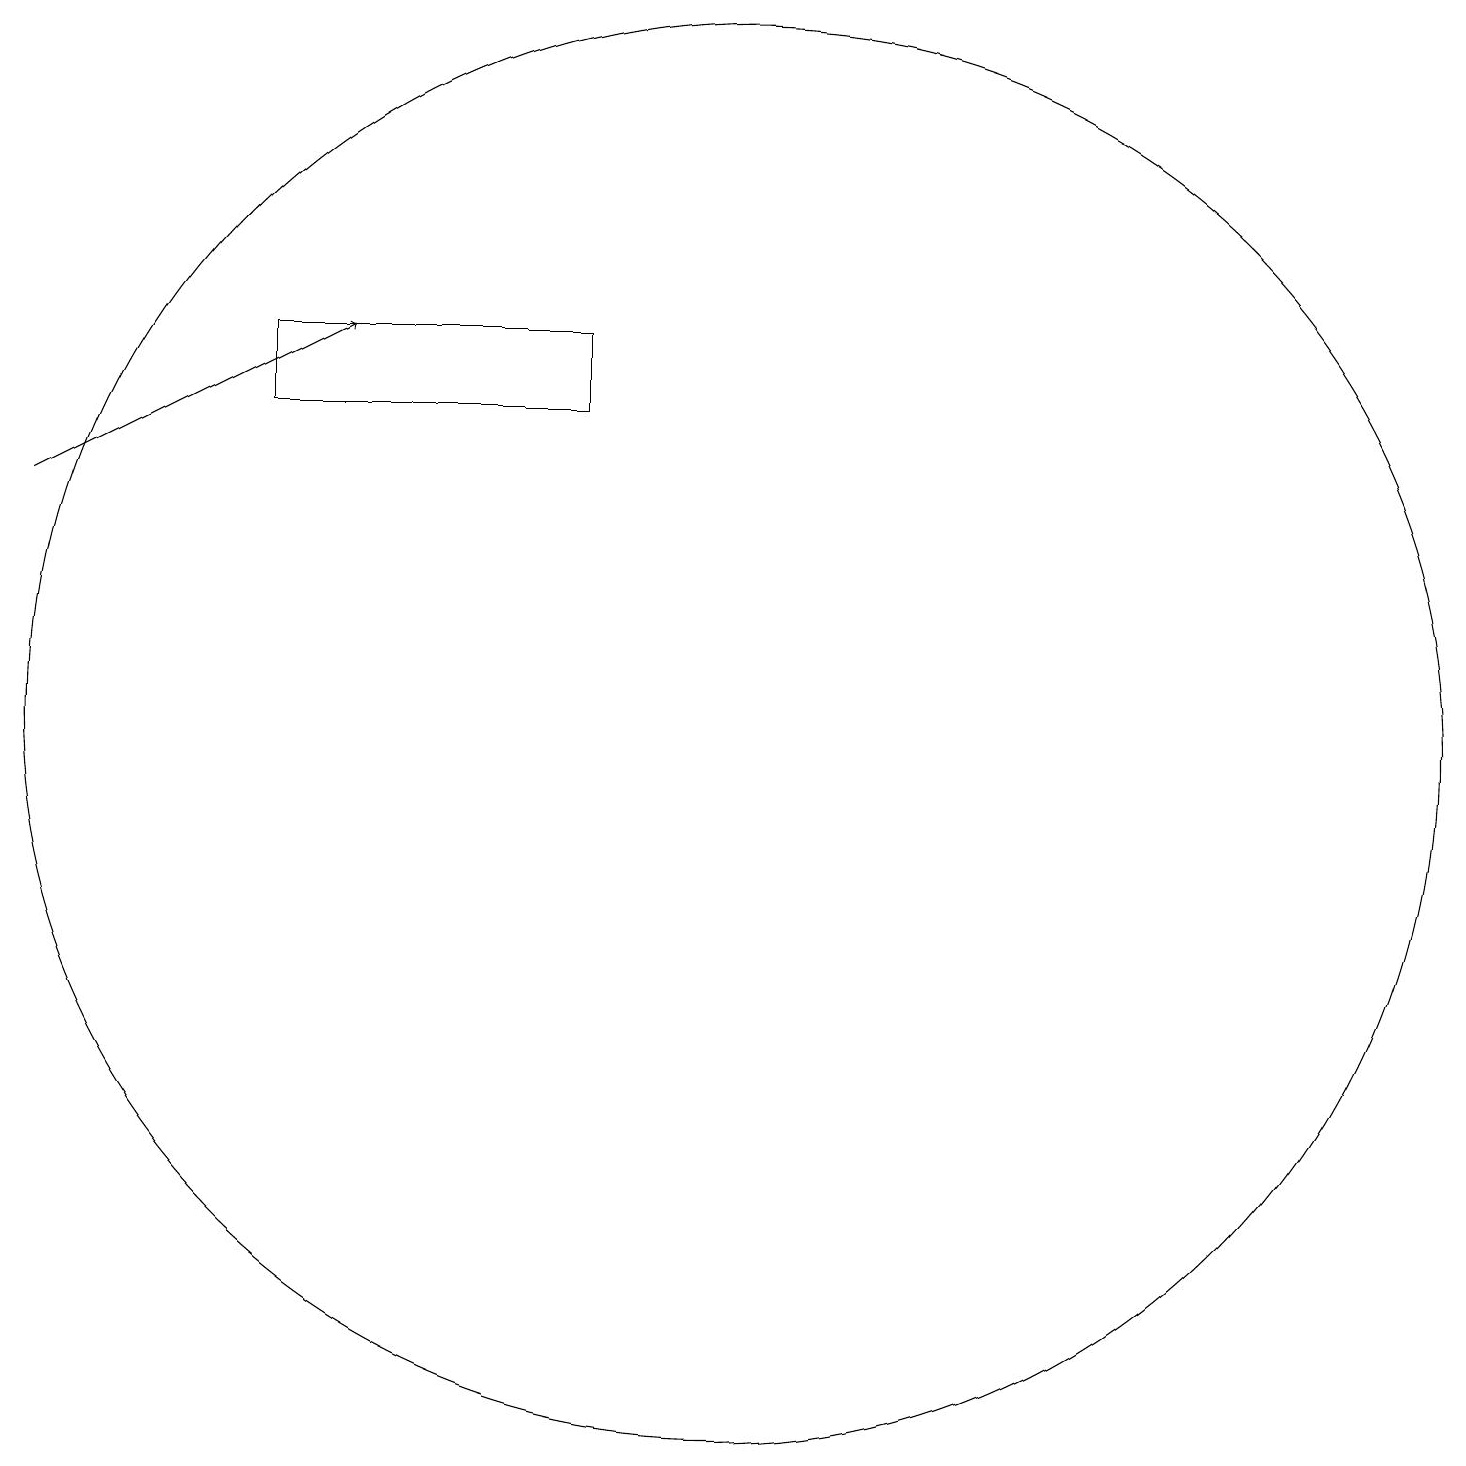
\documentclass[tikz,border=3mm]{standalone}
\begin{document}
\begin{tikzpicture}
\draw[->] (2,15) -- (6,17);
\draw (9,17) rectangle (5,16);
\draw (11,12) circle (9);
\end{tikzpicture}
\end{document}